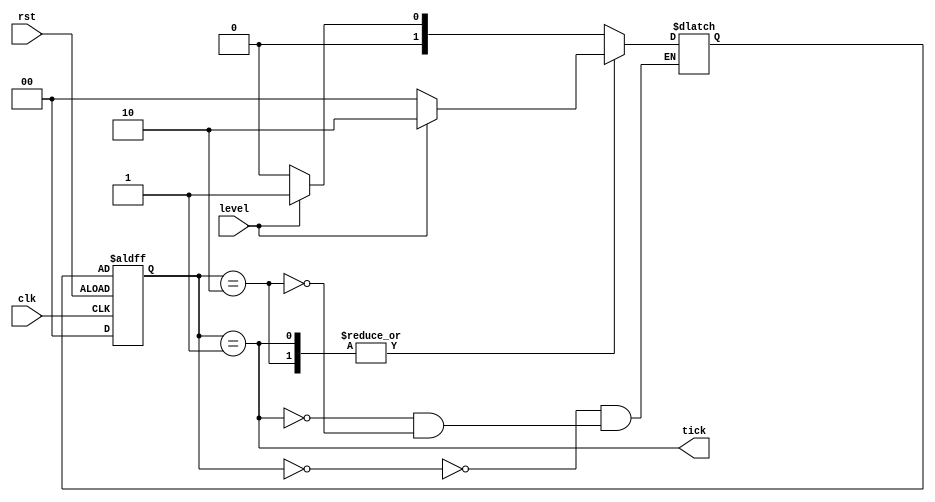
`timescale 1ns / 1ps
//////////////////////////////////////////////////////////////////////////////////
// Company: 
// Engineer: 
// 
// Design Name: 
// Module Name: risingEdgeDetector
// Project Name: 
// Target Devices: 
// Tool Versions: 
// Description: 
// 
// Dependencies: 
// 
// Revision:
// Revision 0.01 - File Created
// Additional Comments:
// 
//////////////////////////////////////////////////////////////////////////////////


module risingEdgeDetector(clk, rst, level, tick);
	input clk, rst, level;
	output tick;
	
	reg [1:0] state, nextState;
	
	parameter [1:0] zero = 2'b00, edg = 2'b01, one = 2'b10;
	
	always @(level or state)
		case (state)
			zero: if (level) nextState = edg;
				  else nextState = zero;
			edg: if (level) nextState = one;
				  else nextState = zero;
			one: if (level) nextState = one;
				  else nextState = zero;
		endcase
		
	always @(posedge clk or negedge rst) begin
		if(rst)
			state <= zero;
		else
			state <= nextState;
	end
	assign tick = (state == edg);
endmodule